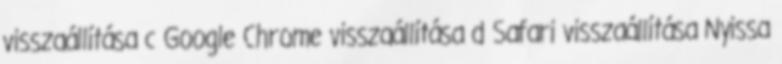
visszaállítása c Google Chrome visszaállítása d Safari visszaállítása Nyissa